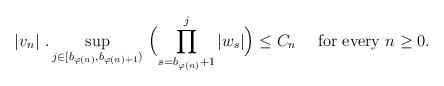
LaTeX: \begin{align*}|v_n|\ .\sup_{j\in [b_{\varphi(n)},b_{\varphi(n)+1})}\ \Bigl(\prod_{s=b_{\varphi(n)}+1}^{j}|w_{s}|\Bigr)\le C_{n}\quad\hbox{ for every $n\ge 0$. }\end{align*}